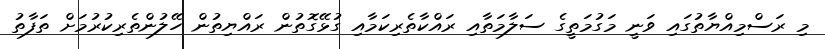
މި ރަސްމިއްޔާތުގައި ވަނީ މަގުމަތީގެ ސަލާމަތާއި ރައްކާތެރިކަމާއި ގުޅޭގޮތުން ރައްޔިތުން ހޭލުންތެރިކުރުމަށް ތަފާތު